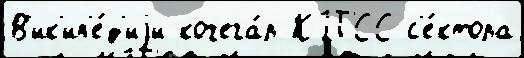
В'ик'ип'е́д'иjи кочега́р КПСС с'е́ктора